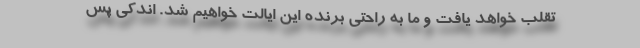
تقلب خواهد یافت و ما به راحتی برنده این ایالت خواهیم شد. اندکی پس